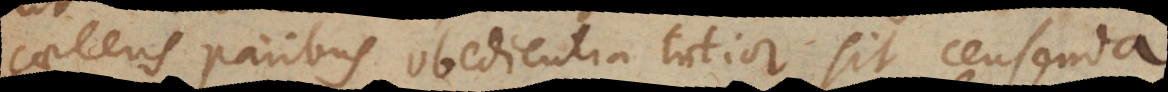
caeteris paribus obedientia tutior sit censenda.